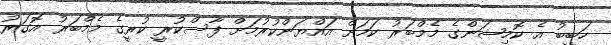
ހަބީބު އެ ކޮމިޝަންގެ މެމްބަރު ކަމަށް އައްޔަންކުރުމަށް ފާސްކުރީ ކުރީގެ މެމްބަރު އޮގަރު